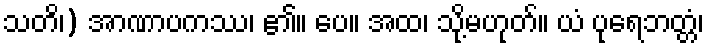
သတိ၊) အာဏာပကဿ၊ ၏။ ပေ။ အထ၊ သို့မဟုတ်။ ယံ ပုရေဘတ္တံ၊